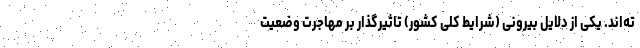
ته‌اند. یکی از دلایل بیرونی (شرایط کلی کشور) تاثیرگذار بر مهاجرت وضعیت